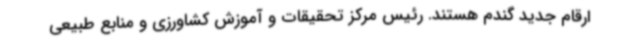
ارقام جدید گندم هستند. رئیس مرکز تحقیقات و آموزش کشاورزی و منابع طبیعی